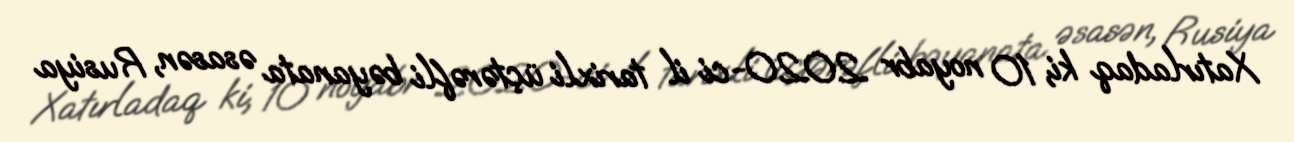
Xatırladaq ki, 10 noyabr 2020-ci il tarixli üçtərəfli bəyanata əsasən, Rusiya